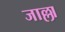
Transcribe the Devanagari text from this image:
जाल्ला